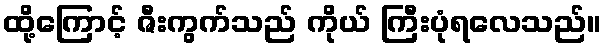
ထို့ကြောင့် ဇီးကွက်သည် ကိုယ် ကြီးပုံရလေသည်။